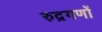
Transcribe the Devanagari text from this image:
रुद्रगणों